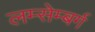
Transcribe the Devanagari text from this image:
लम्सेम्बर्ग